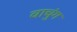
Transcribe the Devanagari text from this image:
वाचुंग